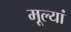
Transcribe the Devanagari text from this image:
मूल्यां